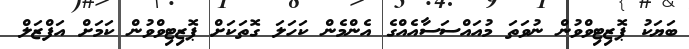
ބަޔަކު ޕޮޒިޓިވްވުން ނުވަތަ މުއައްސަސާއެއްގެ އެންމެން ކަހަލަ ގޮތަކަށް ޕޮޒިޓިވްވުން ކަމަށް އަފްޒަލް